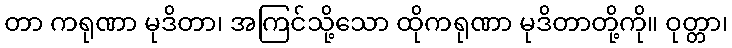
တာ ကရုဏာ မုဒိတာ၊ အကြင်သို့သော ထိုကရုဏာ မုဒိတာတို့ကို။ ဝုတ္တာ၊